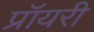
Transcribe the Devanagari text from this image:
प्रॉयरी